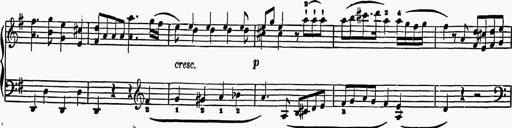
Title: 6 Sonatas
Composer: Muzio Clementi